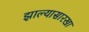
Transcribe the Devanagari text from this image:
झाल्यासारखा